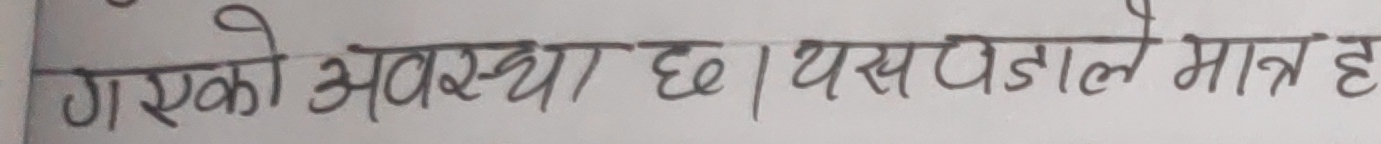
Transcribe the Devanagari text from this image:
गएको अवस्था छ। यसपडालले मात्र ह